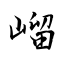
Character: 嵧